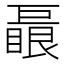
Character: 𱜛